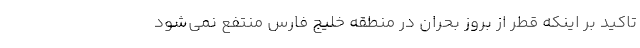
تاکید بر اینکه قطر از بروز بحران در منطقه خلیج فارس منتفع نمی‌شود